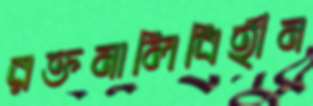
রক্তনালিবিহীন